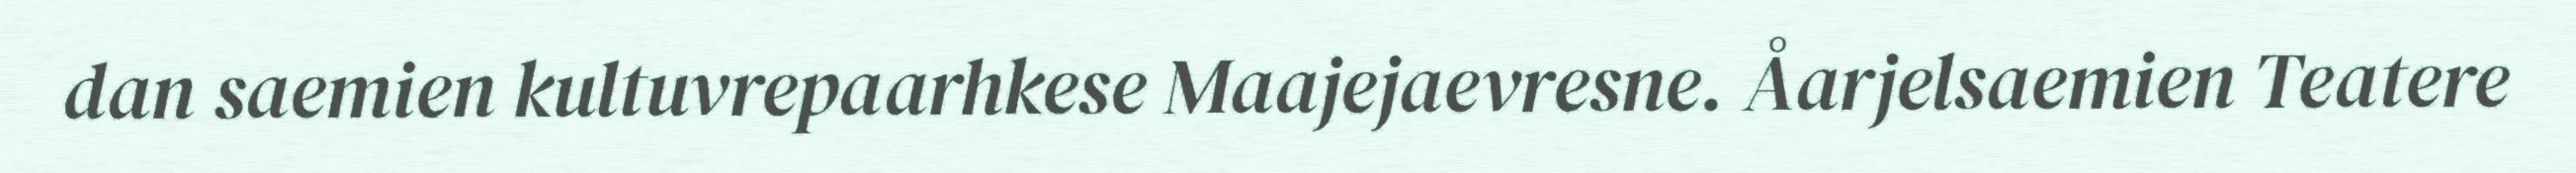
dan saemien kultuvrepaarhkese Maajejaevresne. Åarjelsaemien Teatere